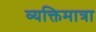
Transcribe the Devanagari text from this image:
व्यक्तिमात्रा